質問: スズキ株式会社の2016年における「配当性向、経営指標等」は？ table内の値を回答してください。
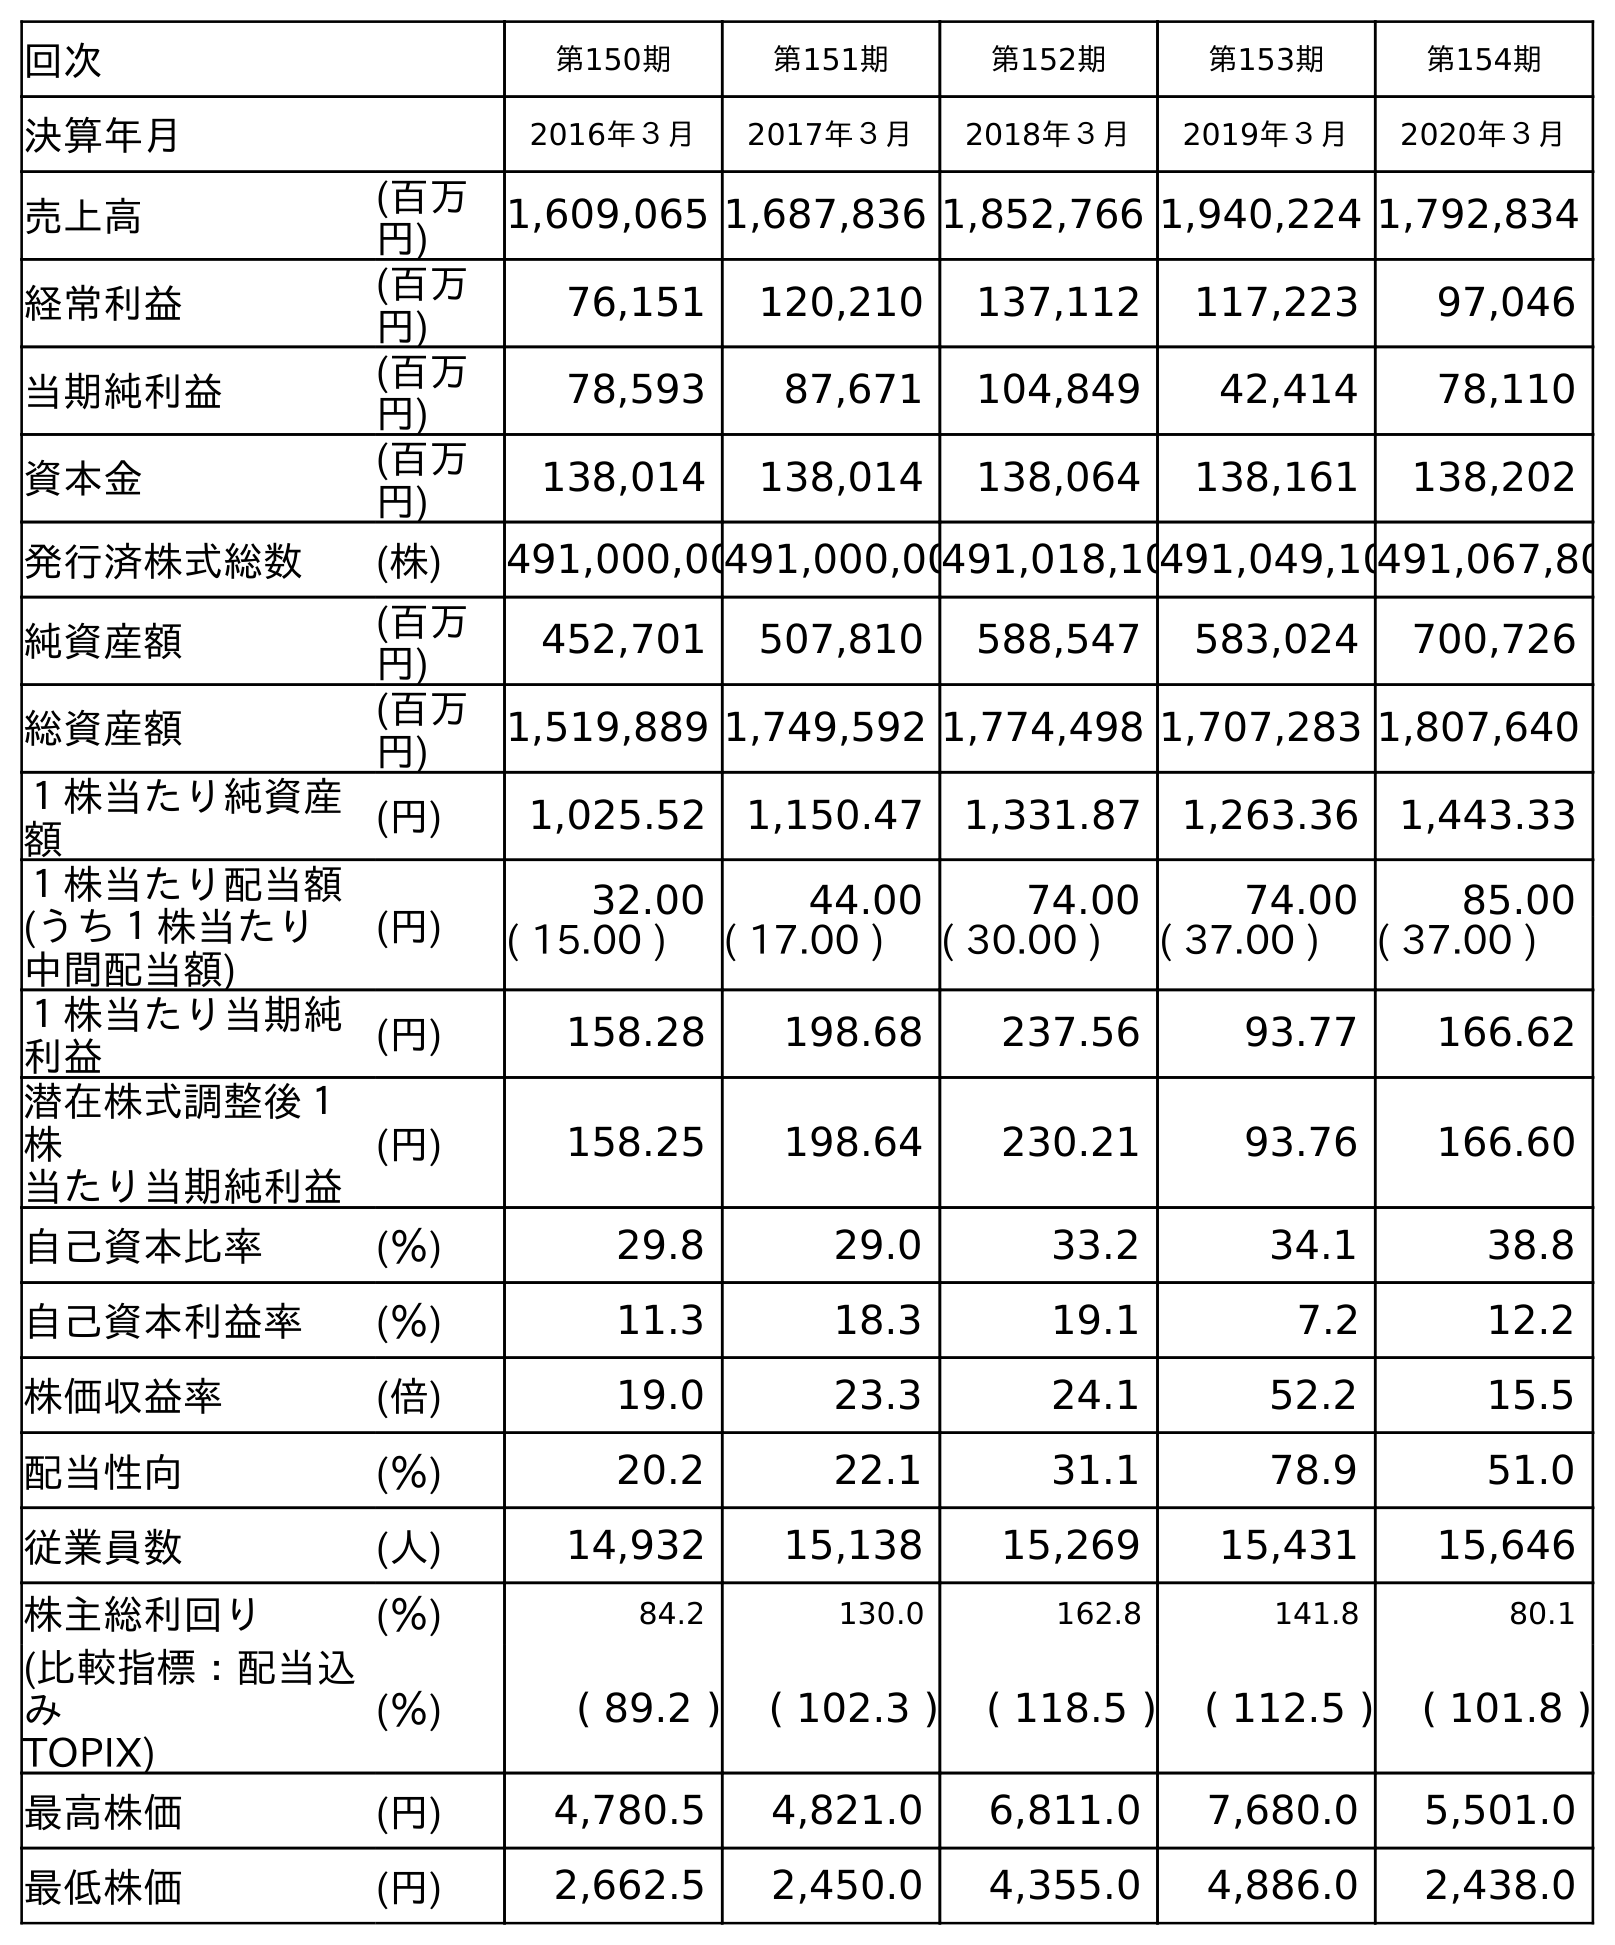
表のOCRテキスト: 回次 第150期 第151期 第152期 第153期 第154期 決算年月 2016年３月 2017年３月 2018年３月 2019年３月 2020年３月 売上高 (百万 円) 1,609,065 1,687,836 1,852,766 1,940,224 1,792,834 経常利益 (百万 円) 76,151 120,210 137,112 117,223 97,046 当期純利益 (百万 円) 78,593 87,671 104,849 42,414 78,110 資本金 (百万 円) 138,014 138,014 138,064 138,161 138,202 発行済株式総数 (株) 491,000,00491,000,00491,018,10491,049,10491,067,80 純資産額 (百万 円) 452,701 507,810 588,547 583,024 700,726 総資産額 (百万 円) 1,519,889 1,749,592 1,774,498 1,707,283 1,807,640 １株当たり純資産 額 (円) 1,025.52 1,150.47 1,331.87 1,263.36 1,443.33 １株当たり配当額 (うち１株当たり 中間配当額) (円) 32.00 44.00 74.00 74.00 85.00 ( 15.00 ) ( 17.00 ) ( 30.00 ) ( 37.00 ) ( 37.00 ) １株当たり当期純 利益 (円) 158.28 198.68 237.56 93.77 166.62 潜在株式調整後１ 株 当たり当期純利益 (円) 158.25 198.64 230.21 93.76 166.60 自己資本比率 (％) 29.8 29.0 33.2 34.1 38.8 自己資本利益率 (％) 11.3 18.3 19.1 7.2 12.2 株価収益率 (倍) 19.0 23.3 24.1 52.2 15.5 配当性向 (％) 20.2 22.1 31.1 78.9 51.0 従業員数 (人) 14,932 15,138 15,269 15,431 15,646 株主総利回り (％) 84.2 130.0 162.8 141.8 80.1 (比較指標：配当込 み TOPIX) (％) ( 89.2 ) ( 102.3 ) ( 118.5 ) ( 112.5 ) ( 101.8 ) 最高株価 (円) 4,780.5 4,821.0 6,811.0 7,680.0 5,501.0 最低株価 (円) 2,662.5 2,450.0 4,355.0 4,886.0 2,438.0
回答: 20.2